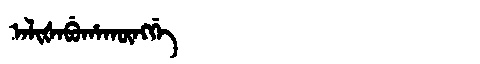
Manchu: ᠠᠯᡳᡧᠠᠪᡠᡥᠠᡴᡡᠩᡤᡝ
Romanization: ALIŠABUHAKŪNGGE